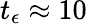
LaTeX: t_{\epsilon}\approx 10